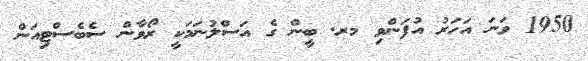
1950 ވަނަ އަހަރު އުފަންވި މރ. ބީން ގެ އަސްލުނަމަކީ ރޯވާން ސެބެސްޓިއަން